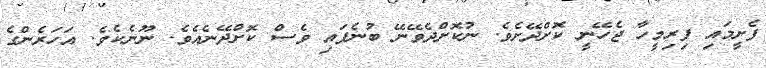
ފެށީމައި ފިރިމީހާ ޖެހޭނީ ކޮށްދޭށެވެ. ނުކޮށްދެވޭނޭ ބުނެފައި ވެސް ކޮށްދޭނެއެވެ. ނޫނެކެވެ. އަހަރެންގެ